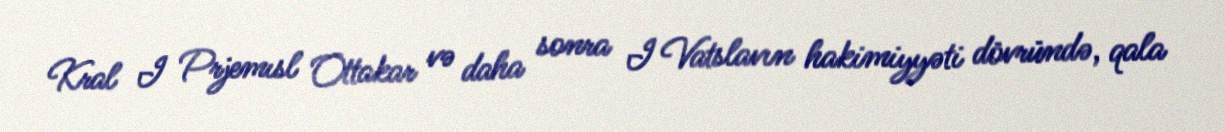
Kral I Prjemısl Ottakar və daha sonra I Vatslavın hakimiyyəti dövründə, qala